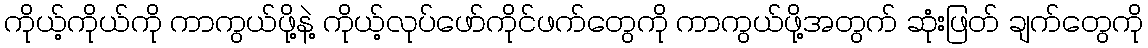
ကိုယ့်ကိုယ်ကို ကာကွယ်ဖို့နဲ့ ကိုယ့်လုပ်ဖော်ကိုင်ဖက်တွေကို ကာကွယ်ဖို့အတွက် ဆုံးဖြတ် ချက်တွေကို